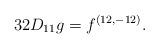
LaTeX: \begin{align*}{32 D_{11} g = f^{(12,-12)}.}\end{align*}